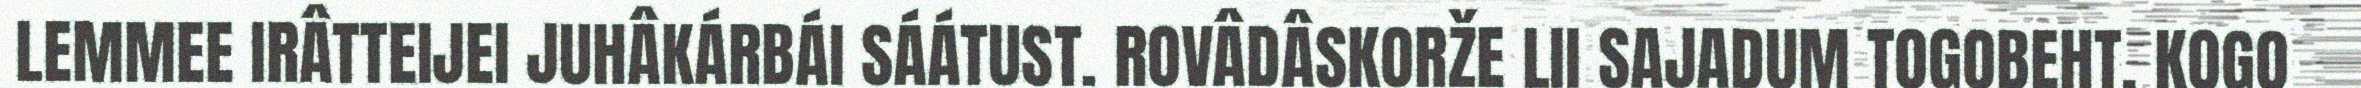
LEMMEE IRÂTTEIJEI JUHÂKÁRBÁI SÁÁTUST. ROVÂDÂSKORŽE LII SAJADUM TOGOBEHT, KOGO